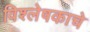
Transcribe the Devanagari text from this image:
विश्लेषकाचे